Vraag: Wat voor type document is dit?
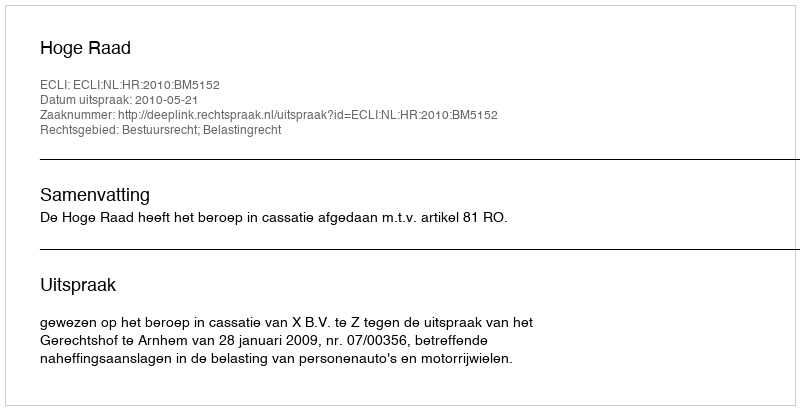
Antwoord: Uitspraak